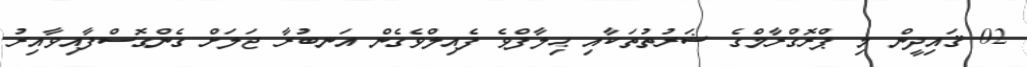
02 ޤައިދީން މި ޕްރޮގްރާމްގެ ޝަރުތުތަކާއި ޙިލާފްވެ ފެއިލްވެގެން އަނބުރާ ޖަލަށް ގެންގޮސްފާއިވާއިރު